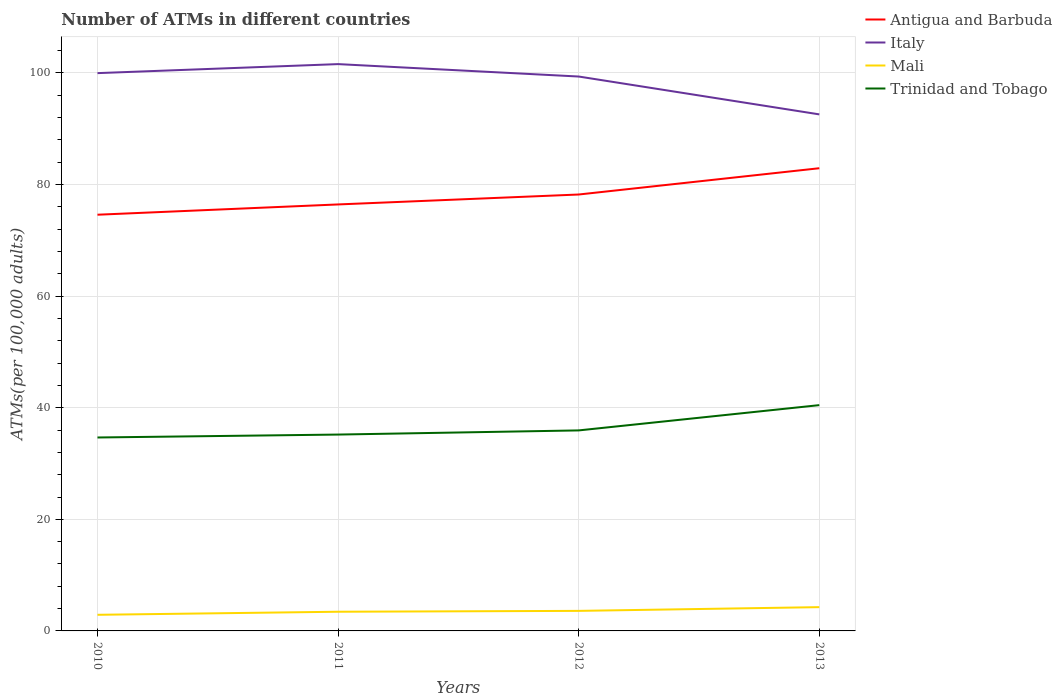
| Years | Antigua and Barbuda | Italy | Mali | Trinidad and Tobago |
 | --- | --- | --- | --- | --- |
 | 2010 | 74.6 | 100 | 2.89 | 34.7 |
 | 2011 | 76.4 | 102 | 3.44 | 35.2 |
 | 2012 | 78.2 | 99.4 | 3.59 | 35.9 |
 | 2013 | 82.9 | 92.6 | 4.26 | 40.5 |